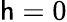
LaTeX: \mathsf{h}=0